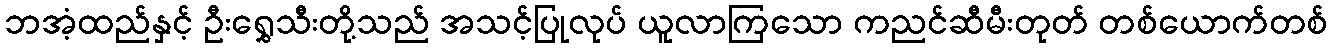
ဘအံ့ထည်နှင့် ဦးရွှေသီးတို့သည် အသင့်ပြုလုပ် ယူလာကြသော ကညင်ဆီမီးတုတ် တစ်ယောက်တစ်